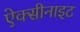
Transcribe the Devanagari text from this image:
ऐक्सीनाइट